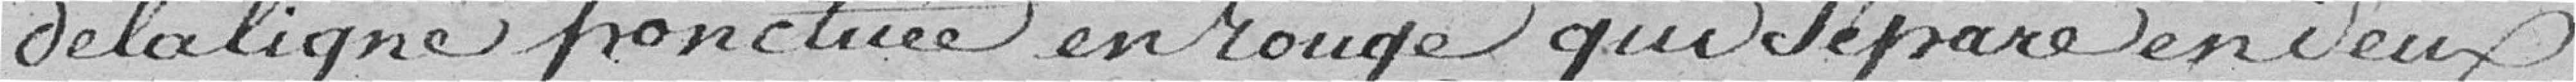
de la ligne ponctuée en rouge qui sépare en deux